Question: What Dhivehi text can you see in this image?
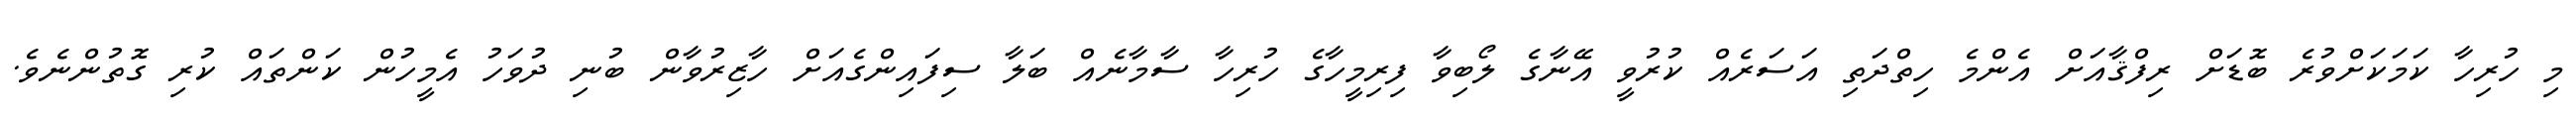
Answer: މި ހުރިހާ ކަމަކަށްވުރެ ބޮޑަށް ރިފްޤާއަށް އެންމެ ހިތްދަތި އަސަރެއް ކުރުވީ އޭނާގެ ލޯބިވާ ފިރިމީހާގެ ހުރިހާ ސާމާނެއް ބަލާ ސިފައިންގެއަށް ހާޒިރުވާން ބުނި ދުވަހު އެމީހުން ކަންތައް ކުރި ގޮތުންނެވެ.